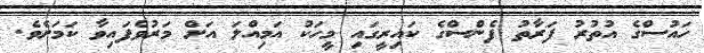
ހައުސްގެ އުތުރު ފަރާތު ފެންސްގެ ކައިރީގައި މީހަކު އަމިއްލަ އަށް މަރުވެފައިވާ ކަމަށެވެ.